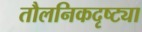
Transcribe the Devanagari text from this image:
तौलनिकदृष्ट्या